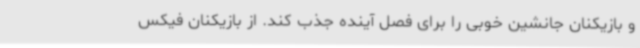
و بازیکنان جانشین خوبی را برای فصل آینده جذب کند. از بازیکنان فیکس